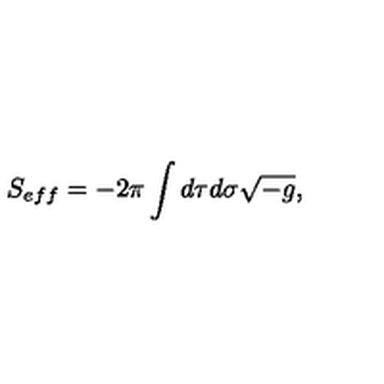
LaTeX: S _ { e f f } = - 2 \pi \int d \tau d \sigma \sqrt { - g } ,